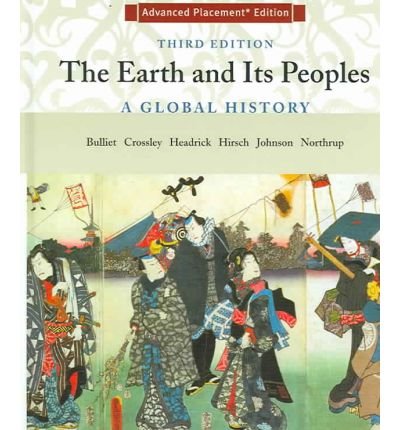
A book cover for The Earth and Its Peoples: A Global History, Advanced Placement Edition; Richard Bulliet; Teen & Young Adult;